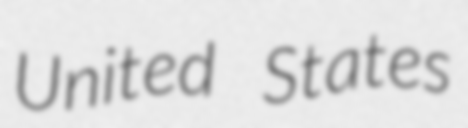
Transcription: United States